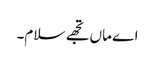
اے ماں تجھے سلام۔